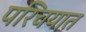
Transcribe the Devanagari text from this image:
परिचयात